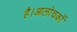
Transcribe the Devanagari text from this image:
है।आलोचकों